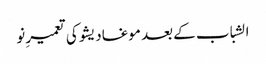
الشباب کے بعد موغادیشو کی تعمیرِ نو